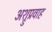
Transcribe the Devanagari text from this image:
अश्रुप्रवाह